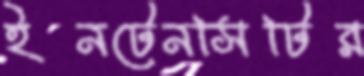
ইনটেনসিটির